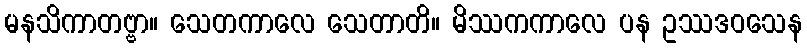
မနသိကာတဗ္ဗာ။ သေတကာလေ သေတာတိ။ မိဿကကာလေ ပန ဥဿဒဝသေန